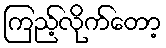
ကြည့်လိုက်တော့